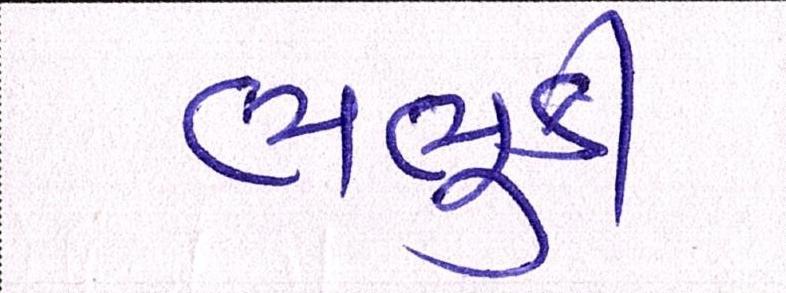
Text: ભભુકી